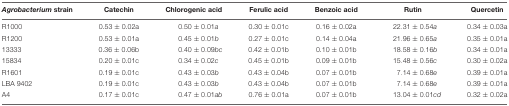
| Agrobacterium strain | Catechin | Chlorogenic acid | Ferulic acid | Benzoic acid | Rutin | Quercetin |
 | --- | --- | --- | --- | --- | --- | --- |
 | R1000 | 0.53 ± 0.02a | 0.50 ± 0.01a | 0.30 ± 0.01c | 0.16 ± 0.02a | 22.31 ± 0.54a | 0.34 ± 0.03a |
 | R1200 | 0.53 ± 0.01a | 0.45 ± 0.01b | 0.27 ± 0.01c | 0.14 ± 0.04a | 21.96 ± 0.65a | 0.35 ± 0.01a |
 | 13333 | 0.36 ± 0.06b | 0.40 ± 0.09bc | 0.42 ± 0.01b | 0.10 ± 0.01b | 18.58 ± 0.16b | 0.34 ± 0.01a |
 | 15834 | 0.20 ± 0.01c | 0.34 ± 0.02c | 0.45 ± 0.01b | 0.09 ± 0.01b | 15.48 ± 0.56c | 0.30 ± 0.02a |
 | R1601 | 0.19 ± 0.01c | 0.43 ± 0.03b | 0.43 ± 0.04b | 0.07 ± 0.01b | 7.14 ± 0.68e | 0.39 ± 0.01a |
 | LBA 9402 | 0.19 ± 0.01c | 0.43 ± 0.03b | 0.43 ± 0.04b | 0.07 ± 0.01b | 7.14 ± 0.68e | 0.39 ± 0.01a |
 | A4 | 0.17 ± 0.01c | 0.47 ± 0.01ab | 0.76 ± 0.01a | 0.07 ± 0.01b | 13.04 ± 0.01cd | 0.32 ± 0.02a |